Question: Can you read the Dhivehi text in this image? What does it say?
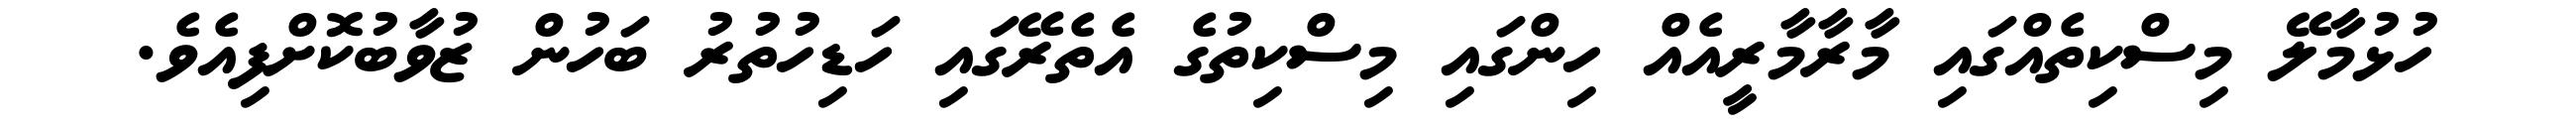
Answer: ހުޅުމާލޭ މިސްކިތެއްގައި މާރާމާރީއެއް ހިންގައި މިސްކިތުގެ އެތެރޭގައި ހަޑިހުތުރު ބަހުން ޒުވާބުކޮށްފިއެވެ.